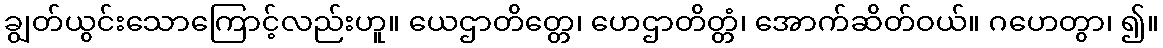
ချွတ်ယွင်းသောကြောင့်လည်းဟူ။ ယေဌာတိတ္တေ၊ ဟေဌာတိတ္တံ၊ အောက်ဆိတ်ဝယ်။ ဂဟေတွာ၊ ၍။